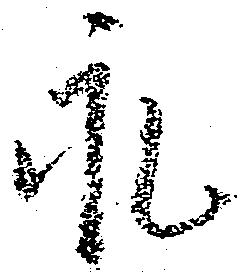
永